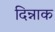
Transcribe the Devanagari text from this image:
दिन्नाक